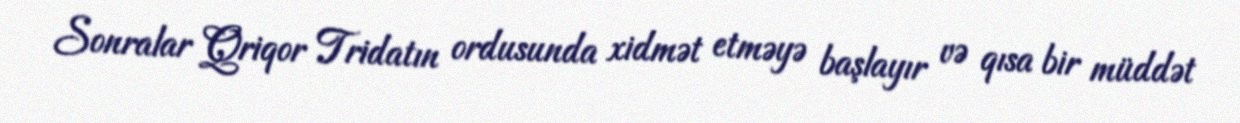
Sonralar Qriqor Tridatın ordusunda xidmət etməyə başlayır və qısa bir müddət